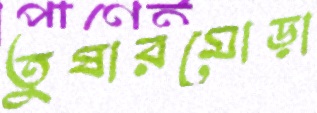
তুষারমোড়া